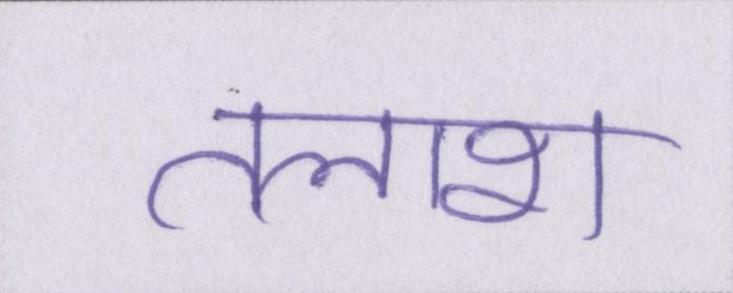
तलाश